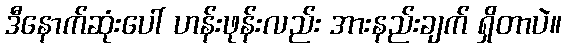
ဒီနောက်ဆုံးပေါ် ဟန်းဖုန်းလည်း အားနည်းချက် ရှိတာပဲ။